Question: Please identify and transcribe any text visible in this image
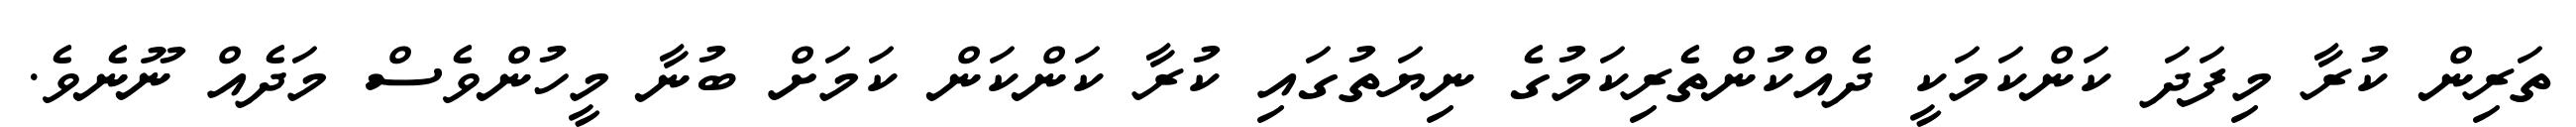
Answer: ތަރިން ކުރާ މިފަދަ ކަންކަމަކީ ދެއްކުންތެރިކަމުގެ ނިޔަތުގައި ކުރާ ކަންކަން ކަމަށް ބުނާ މީހުންވެސް މަދެއް ނޫނެވެ.